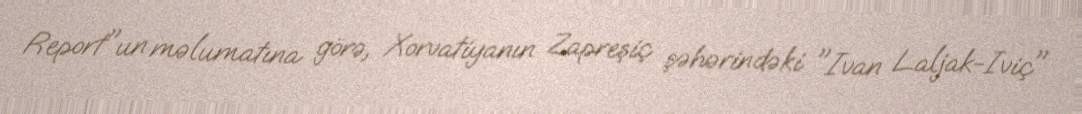
Report"un məlumatına görə, Xorvatiyanın Zapreşiç şəhərindəki "Ivan Laljak-Iviç"